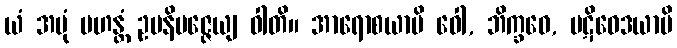
ယံ အမုံ မဟန္တံ ဥပနိပဇ္ဇေယျ ဝါတိ။ အာရောစယာမိ ဝေါ, ဘိက္ခဝေ, ပဋိဝေဒယာမိ